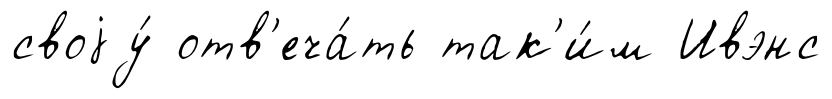
своjу́ отв'еча́ть так'и́м Ивэнс